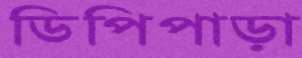
ডিপিপাড়া